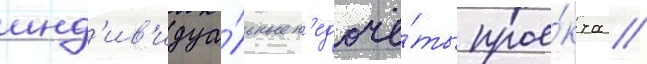
инд'ив'идуа́льные н'едочё́ты прое́кта //